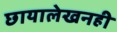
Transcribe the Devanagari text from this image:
छायालेखनही